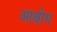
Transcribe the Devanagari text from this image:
आक्षोभ